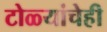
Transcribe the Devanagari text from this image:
टोळ्यांचेही